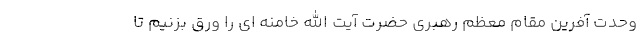
وحدت آفرین مقام معظم رهبری حضرت آیت الله خامنه ‌ای را ورق بزنیم تا